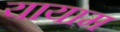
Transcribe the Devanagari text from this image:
यायाम